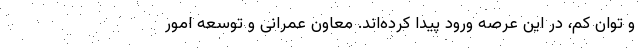
و توان کم، در این عرصه ورود پیدا کرده‌اند. معاون عمرانی و توسعه امور